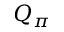
Q _ { \pi }